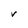
Character: V